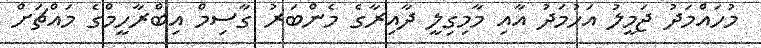
މުހައްމަދު ޖަމީލު އަހުމަދު އާއި މާމިގިލީ ދާއިރާގެ މެންބަރު ގާސިމް އިބްރާހީމްގެ މައްޗަށް